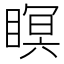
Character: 瞑